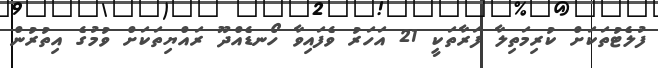
ފުލެޓުތަކަށް ކުރިމަތިލާ ފަރާތަކީ 21 އަހަރު ވެފައިވާ ހޯނޑެއްދޫ ރައްޔިތަކަށް ވުމުގެ އިތުރުން